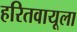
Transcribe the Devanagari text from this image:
हरितवायूला